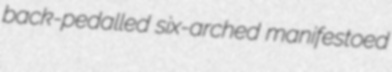
back-pedalled six-arched manifestoed